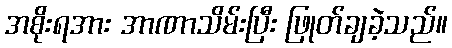
အစိုးရအား အာဏာသိမ်းပြီး ဖြုတ်ချခဲ့သည်။